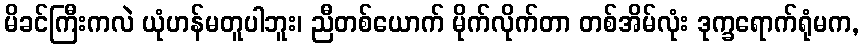
မိခင်ကြီးကလဲ ယုံဟန်မတူပါဘူး၊ ညီတစ်ယောက် မိုက်လိုက်တာ တစ်အိမ်လုံး ဒုက္ခရောက်ရုံမက,